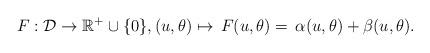
LaTeX: \begin{align*}F:\mathcal{D}\to \mathbb{R}^+\cup \{0\},(u,\theta)\mapsto\, F (u,\theta)=\,\alpha(u,\theta)+\beta(u,\theta).\end{align*}